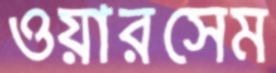
ওয়ারসেম